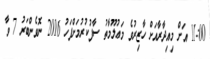
11:00 އަށް މިއިދާރާއަށް ހާޒިރުވެ މަޢުލޫމާތު ސާފުކުރުމަށްފަހު 2016 ނޮވެންބަރު 7 ވާ